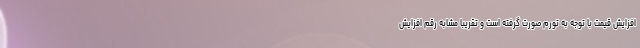
افزایش قیمت با توجه به تورم صورت گرفته است و تقریبا مشابه رقم افزایش